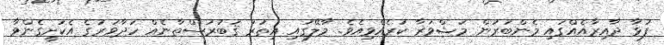
ފުޅާ ދާއިރާއެއްގައި މެންބަރުން މަޝްވަރާ ކުރެއްވިއެވެ. މާލޭގައި އިތުރު ޤަބުރުސްތާނެއް ހަދާވަރުގެ އެކަށީގެންވާ